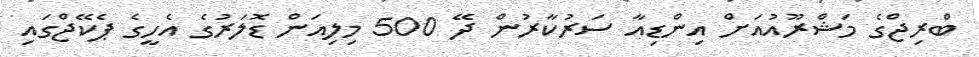
ބްރިޖްގެ މަޝްރޫއުއަށް އިންޑިއާ ސަރުކާރުން ދޭ 500 މިލިއަން ޑޮލަރުގެ އެހީގެ ޕެކޭޖްގައި